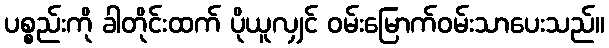
ပစ္စည်းကို ခါတိုင်းထက် ပိုယူလျှင် ဝမ်းမြောက်ဝမ်းသာပေးသည်။